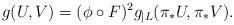
LaTeX: \begin{align*} g(U,V) = (\phi \circ F)^2 g_{ | {L}}(\pi_* U, \pi_* V).\end{align*}